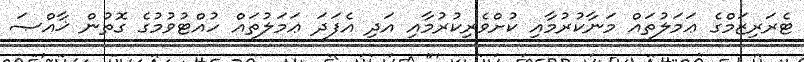
ޓެރަރިޒަމްގެ ޢަމަލުތައް މަނާކުރުމާއި ކުށްވެރިކުރުމާއި އަދި އެފަދަ ޢަމަލުތައް ހުއްޓުވުމުގެ ގޮތުން ޚާއްޞަ